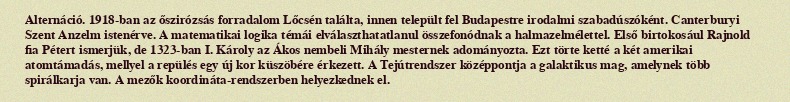
Alternáció. 1918-ban az őszirózsás forradalom Lőcsén találta, innen települt fel Budapestre irodalmi szabadúszóként. Canterburyi Szent Anzelm istenérve. A matematikai logika témái elválaszthatatlanul összefonódnak a halmazelmélettel. Első birtokosául Rajnold fia Pétert ismerjük, de 1323-ban I. Károly az Ákos nembeli Mihály mesternek adományozta. Ezt törte ketté a két amerikai atomtámadás, mellyel a repülés egy új kor küszöbére érkezett. A Tejútrendszer középpontja a galaktikus mag, amelynek több spirálkarja van. A mezők koordináta-rendszerben helyezkednek el.